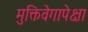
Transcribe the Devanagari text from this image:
मुक्तिवेगापेक्षा